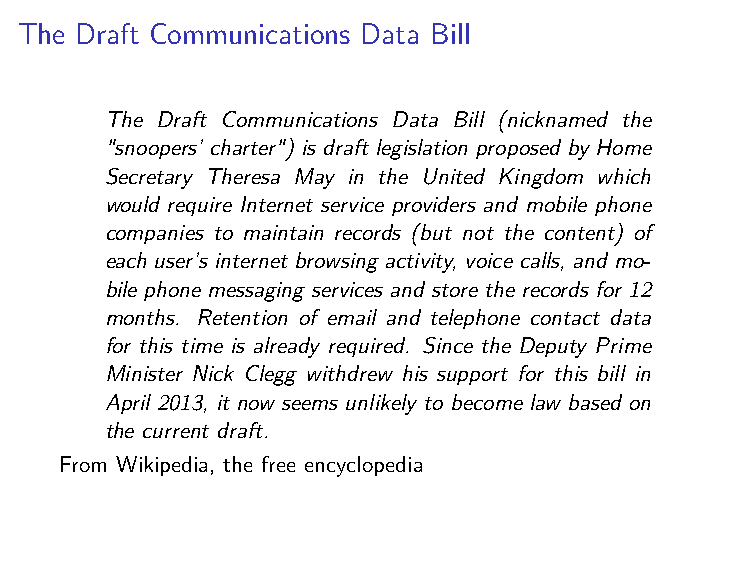
The Draft Communications Data Bill
 The Draft Communications Data Bill (nicknamed the
 "snoopers’ charter") is draft legislation proposed by Home
 Secretary Theresa May in the United Kingdom which
 would require Internet service providers and mobile phone
 companies to maintain records (but not the content) of
 each user’s internet browsing activity, voice calls, and mo-
 bile phone messaging services and store the records for 12
 months. Retention of email and telephone contact data
 for this time is already required. Since the Deputy Prime
 Minister Nick Clegg withdrew his support for this bill in
 April 2013, it now seems unlikely to become law based on
 the current draft.
 From Wikipedia, the free encyclopedia